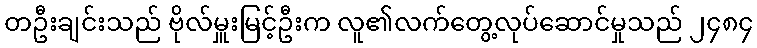
တဦးချင်းသည် ဗိုလ်မှူးမြင့်ဦးက လူ၏လက်တွေ့လုပ်ဆောင်မှုသည် ၂၄၈၄